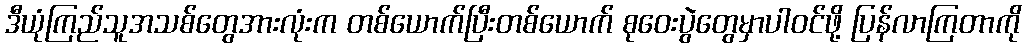
ဒီယုံကြည်သူအသစ်တွေအားလုံးက တစ်ယောက်ပြီးတစ်ယောက် စုဝေးပွဲတွေမှာပါဝင်ဖို့ ပြန်လာကြတာကို